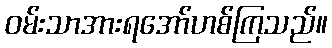
ဝမ်းသာအားရအော်ဟစ်ကြသည်။